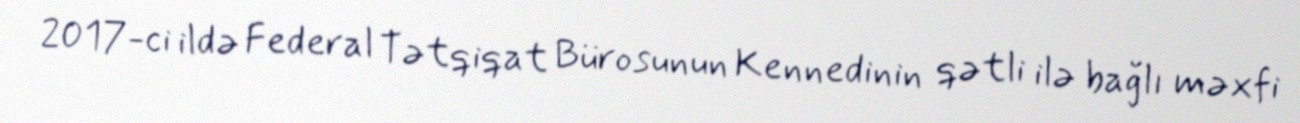
2017-ci ildə Federal Tətqiqat Bürosunun Kennedinin qətli ilə bağlı məxfi